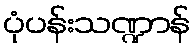
ပုံပန်းသဏ္ဍာန်